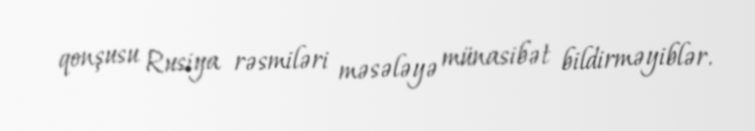
qonşusu Rusiya rəsmiləri məsələyə münasibət bildirməyiblər.